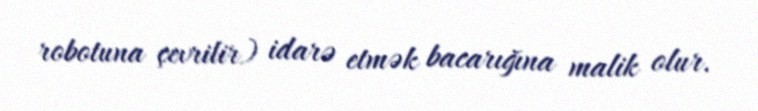
robotuna çevrilir) idarə etmək bacarığına malik olur.